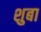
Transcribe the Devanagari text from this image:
शुबा